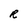
Character: R